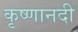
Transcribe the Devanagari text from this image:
कृष्णानदी